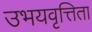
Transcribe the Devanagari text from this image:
उभयवृत्तिता